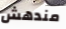
مندهش